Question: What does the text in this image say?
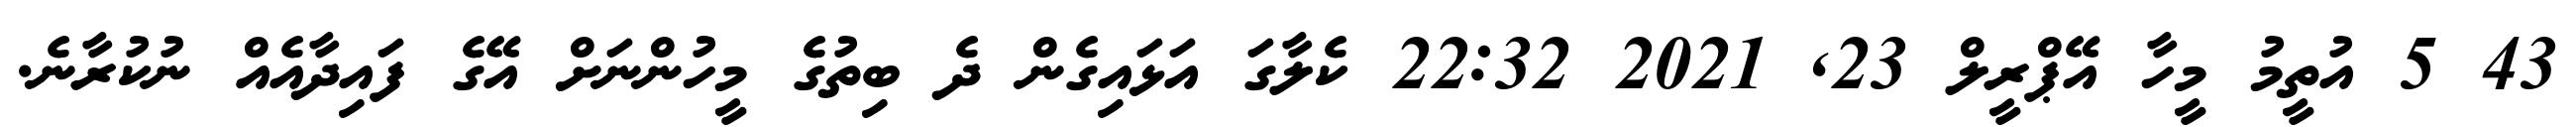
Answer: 43 5 އުތީމު މީހާ އޭޕްރީލް 23, 2021 22:32 ކެލާގަ އަޅައިގެން ދެ ބިތުގެ މީހުންނަށް އޭގެ ފައިދާއެއް ނުކުރާނެ.